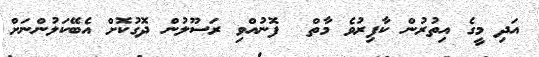
އަދި މީގެ އިތުރުން ކާފިރުވެ މާތް  ފޮނުއްވި ރަސޫލުން ދޮގުކޮށް އެބޭކަލުންނަށް